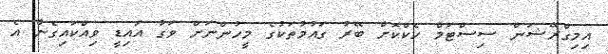
އިމިގްރޭޝަން ސިސްޓަމް ހެކްކޮށް ބޭރު ގައުމުތަކުގެ މީހުންނަށް ވަގު އައިޑީ ވިއްކައިގެން އެ